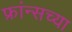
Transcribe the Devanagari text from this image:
फ्रांन्सच्या